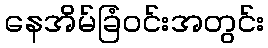
နေအိမ်ခြံဝင်းအတွင်း